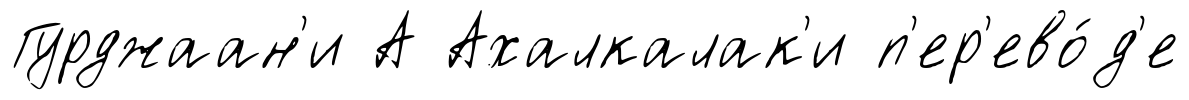
Гурджаан'и А Ахалкалак'и п'ер'ево́д'е